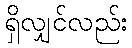
ရှိလျှင်လည်း